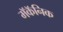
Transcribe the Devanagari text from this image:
मॅकॅनिक